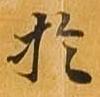
於